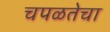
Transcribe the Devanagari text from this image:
चपळतेचा